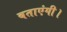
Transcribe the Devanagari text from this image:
बताएंगी।